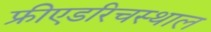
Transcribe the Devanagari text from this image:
फ्रीएडरिचस्थाल